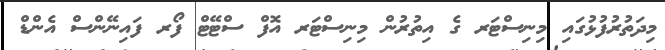
މިދަތުރުފުޅުގައި މިނިސްޓަރ ގެ އިތުރުން މިނިސްޓަރ އޮފް ސްޓޭޓް ފޯރ ފައިނޭންސް އެންޑް